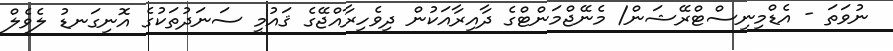
ނުވަތަ - އެޑްމިނިސްޓްރޭޝަން/ މެނޭޖްމަންޓްގެ ދާއިރާއަކުން ދިވެހިރާއްޖޭގެ ޤައުމީ ސަނަދުތަކުގެ އޮނިގަނޑު ލެވެލް